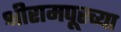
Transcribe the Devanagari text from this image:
श्रीरामपूरच्या